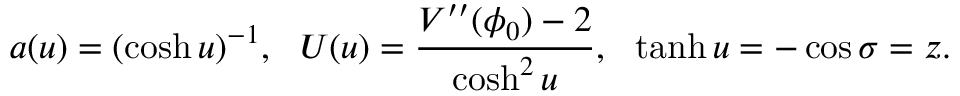
a ( u ) = ( \cosh u ) ^ { - 1 } , \: \: \: U ( u ) = \frac { V ^ { \prime \prime } ( \phi _ { 0 } ) - 2 } { \cosh ^ { 2 } u } , \: \: \: \operatorname { t a n h } u = - \cos \sigma = z .